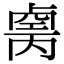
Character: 𠨆